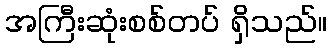
အကြီးဆုံးစစ်တပ် ရှိသည်။